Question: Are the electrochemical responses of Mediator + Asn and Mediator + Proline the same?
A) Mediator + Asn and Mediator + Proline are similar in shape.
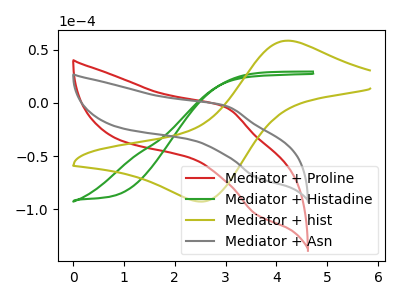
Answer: <think>The red curve "Mediator + Proline" has an anodic peak at (3.00V, -4.35uA) and a cathodic peak at (3.60V, -104.70uA). The green curve "Mediator + Histadine" has no peaks. The olive curve "Mediator + hist" has an anodic peak at (4.25V, 58.40uA) and a cathodic peak at (2.45V, -92.65uA). The gray curve "Mediator + Asn" has an anodic peak at (3.00V, -2.90uA) and a cathodic peak at (3.60V, -69.90uA).
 All the peaks in "Mediator + Asn" have a peak in "Mediator + Proline" at the same potential.</think>
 <answer>A) "Mediator + Asn" and "Mediator + Proline" are similar in shape.</answer>
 <eval>A</eval>